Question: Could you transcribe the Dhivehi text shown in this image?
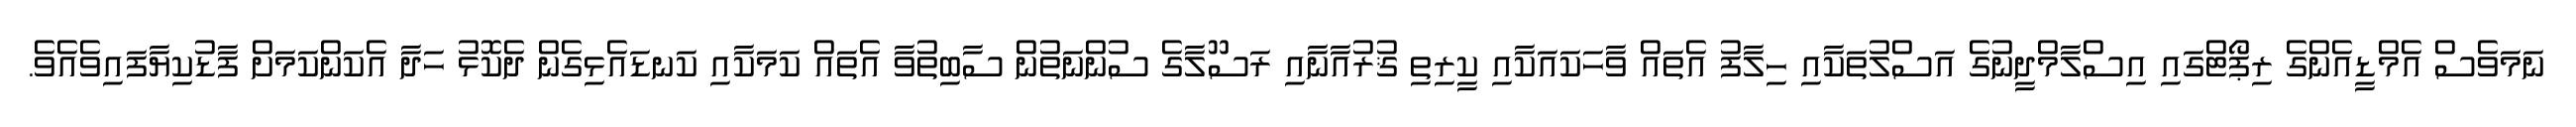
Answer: ނަމަވެސް އެމްޑީއެންގެ ރިޕޯޓްގައި އިސްލާމްދީނުގެ އަސްލުތަކާއި ހިލާފު އެތައް ވާހަކައަކާއި ކީރިތި ޤުރުއާނާއި ރަސޫލާގެ ސުންނަތުން ސާބިތުވާ އެތައް ކަމަކާއި ކަނޑައެޅިގެން ދެކޮޅު ހަދާ އެކަންކަމަށް ފާޑުކިޔާފައިވެއެވެ.